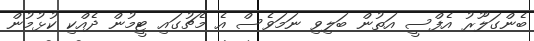
ބެންގަލޫރު އެފްސީ އަތުން ބަލިވި ނަމަވެސް އެ މެޗުގައި ޓީމުން ދެއްކި ކުޅުމުން